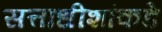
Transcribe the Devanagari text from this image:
सत्ताधीशांकडे